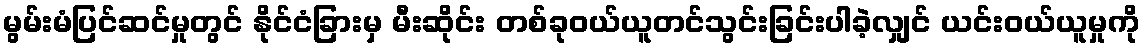
မွမ်းမံပြင်ဆင်မှုတွင် နိုင်ငံခြားမှ မီးဆိုင်း တစ်ခုဝယ်ယူတင်သွင်းခြင်းပါခဲ့လျှင် ယင်းဝယ်ယူမှုကို